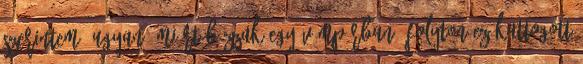
szerintem. Ugyan, miért bízzak egy vámpírban? Folyton ez kattogott